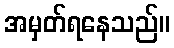
အမှတ်ရနေသည်။